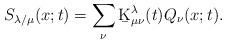
LaTeX: \begin{align*}S_{\lambda/\mu}(x;t)=\sum_{\nu}\b{K}^{\lambda}_{\mu\nu}(t)Q_{\nu}(x;t).\end{align*}